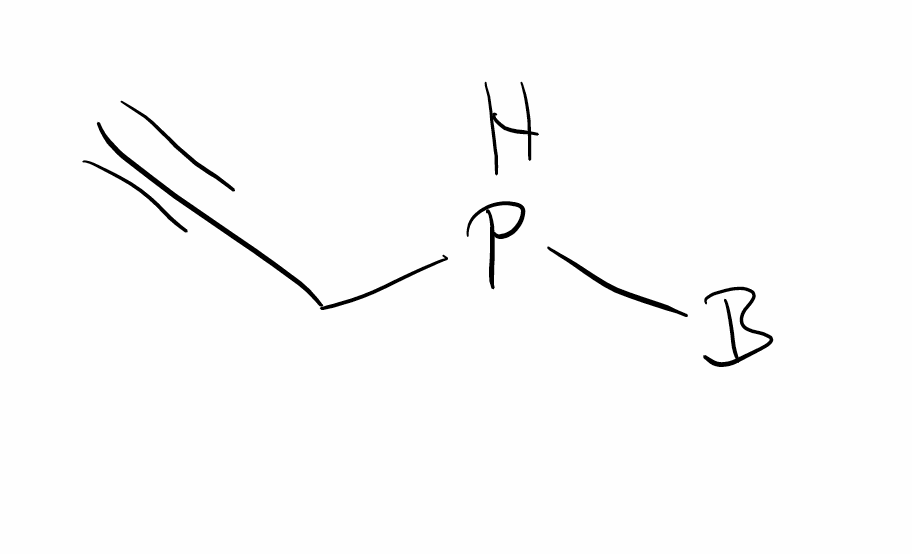
Simplified molecular-input line-entry system (SMILES) notation of the given molecule:
[B]PCC#C